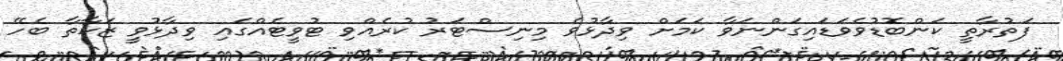
ފަތުރާތީ ކަންބޮޑުވެވަޑައިގަންނަވާ ކަމަށް ވިދާޅުވެ މިނިސްޓަރު ކުރެއްވި ޓުވީޓެއްގައި ވިދާޅުވީ ޒަކާތާ ބެހޭ